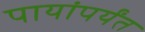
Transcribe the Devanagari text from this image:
पायांपर्यंत